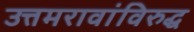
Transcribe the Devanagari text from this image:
उत्तमरावांविरुद्ध